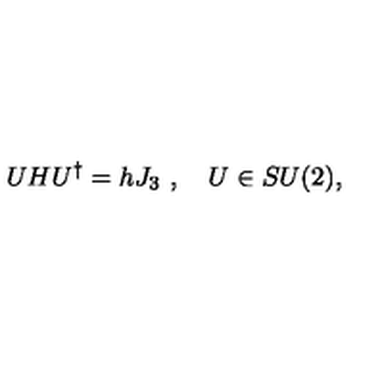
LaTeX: U H U ^ { \dagger } = h J _ { 3 } \ , \quad U \in S U ( 2 ) ,